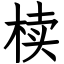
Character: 椟